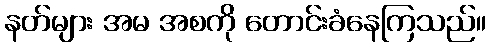
နတ်များ အမ အစကို တောင်းခံနေကြသည်။